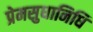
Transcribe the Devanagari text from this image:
प्रेमसुधानिधि